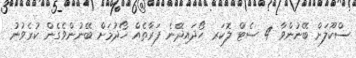
ސްކޫލަށް ބޭނުންވާ 4 ސެޓް ލޮކަރ ހޯދައިދޭނެ ފަރާތެއް ހޯދުމަށް ބޭނުންވެގެން ކުރެވުނު